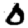
Digit: 0